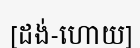
[ដង់-ហោយ]